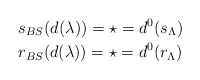
\begin{align*}&s_{BS}(d(\lambda))= \star = d^0(s_{\Lambda}) \\&r_{BS}(d(\lambda))= \star = d^0(r_{\Lambda})\end{align*}